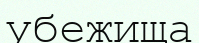
убежища